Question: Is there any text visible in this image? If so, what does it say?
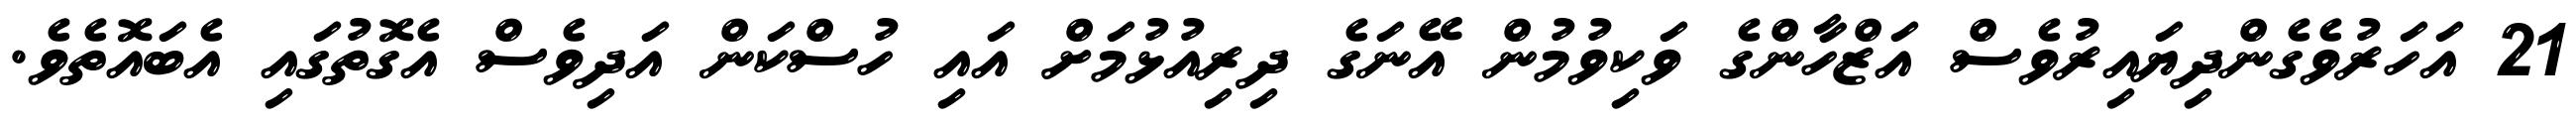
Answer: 21 އަހަރުވެގެންދިޔައިރުވެސް އަޒްހާންގެ ވަކިވުމުން އޭނަގެ ދިރިއުޅުމަށް އައި ހުސްކަން އަދިވެސް އެގޮތުގައި އެބައޮތެވެ.